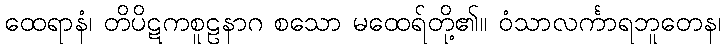
ထေရာနံ၊ တိပိဋကစူဠနာဂ စသော မထေရ်တို့၏။ ဝံသာလင်္ကာရဘူတေန၊